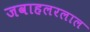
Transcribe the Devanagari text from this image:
जवाहलरलाल